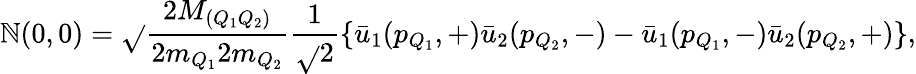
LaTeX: \displaystyle{\cal\mathbb{N}}(0,0)=\sqrt{}{{\frac{{2M_{(Q_{1}Q_{2})}}}{{2m_{Q_{1}}2m_{Q_{2}}}}}}\frac{{1}}{{\sqrt{}{{2}}}}\{ \bar{{u}}_{1}(p_{Q_{1}},+)\bar{{u}}_{2}(p_{Q_{2}},-)-\bar{{u}}_{1}(p_{Q_{1}},-)\bar{{u}}_{2}(p_{Q_{2}},+)\} ,